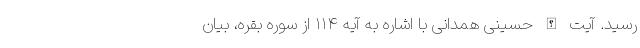
رسید. آیت الله حسینی همدانی با اشاره به آیه ۱۱۴ از سوره بقره، بیان